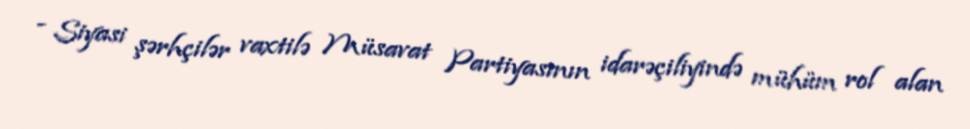
- Siyasi şərhçilər vaxtilə Müsavat Partiyasının idarəçiliyində mühüm rol alan